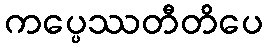
ကပ္ပေဿတီတိပေ